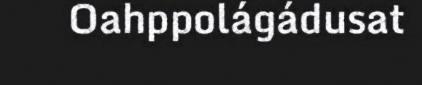
Oahppolágádusat